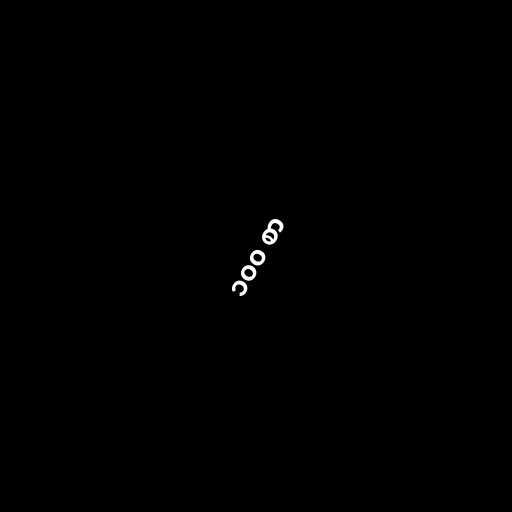
၁၀၀ စာ